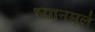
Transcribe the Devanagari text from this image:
ध्यानमूलं